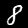
Digit: 8